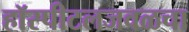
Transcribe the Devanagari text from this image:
हॉस्पीटलजवळचा